Code of medical and sanitary regulations for the guidance of medical officers serving in the Madras Presidency - Volume I
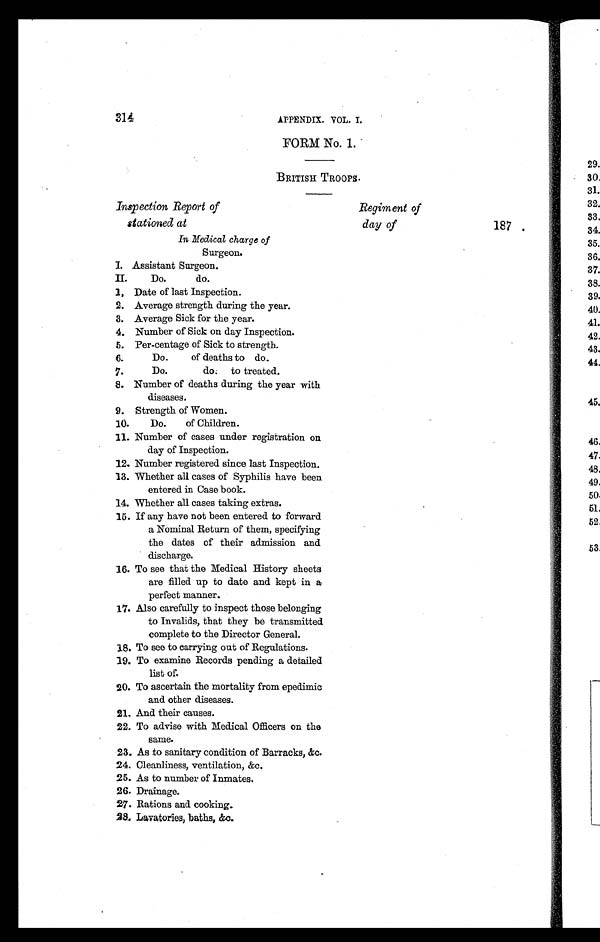
314
APPENDIX. VOL. I.
FORM No. 1.
BRITISH TROOPS.
Inspection Report of
stationed at
Regiment of
day of
187
In Medical charge of
Surgeon.
I. Assistant Surgeon.
II. Do. do.
1, Date of last Inspection.
2. Average strength during the year.
3. Average Sick for the year.
4. Number of Sick on day Inspection.
5. Per-centage of Sick to strength.
6.
Do. of deaths to do.
7.
Do. do. to treated.
8. Number of deaths during the year with
diseases.
9. Strength of Women.
10.
Do. of Children.
1 1 . N u m b e r o f c a s e s u n d e r r e g i s t r a t i o n o n
day of Inspection.
12. Number registered since last Inspection.
13. Whether all cases of Syphilis have been
entered in Case book.
14. Whether all cases taking extras.
15. If any have not been entered to forward
a Nominal Return of them, specifying
the dates of their admission and
discharge,
16. To see that the Medical History sheets
are filled up to date and kept in a
perfect manner.
17. Also carefully to inspect those belonging
to Invalids, that they be transmitted
complete to the Director General.
18. To see to carrying out of Regulations.
19.To examine Records pending a detailed
list of.
20. To ascertain the mortality from epedimic
and other diseases.
21. And their causes.
22. To advise with Medical Officers on the
same.
23. As to sanitary condition of Barracks, &c.
24. Cleanliness, ventilation, &c,
25. As to number of Inmates.
26. Drainage.
27.Rations and cooking.
28.Lavatories, baths, &c.
!..